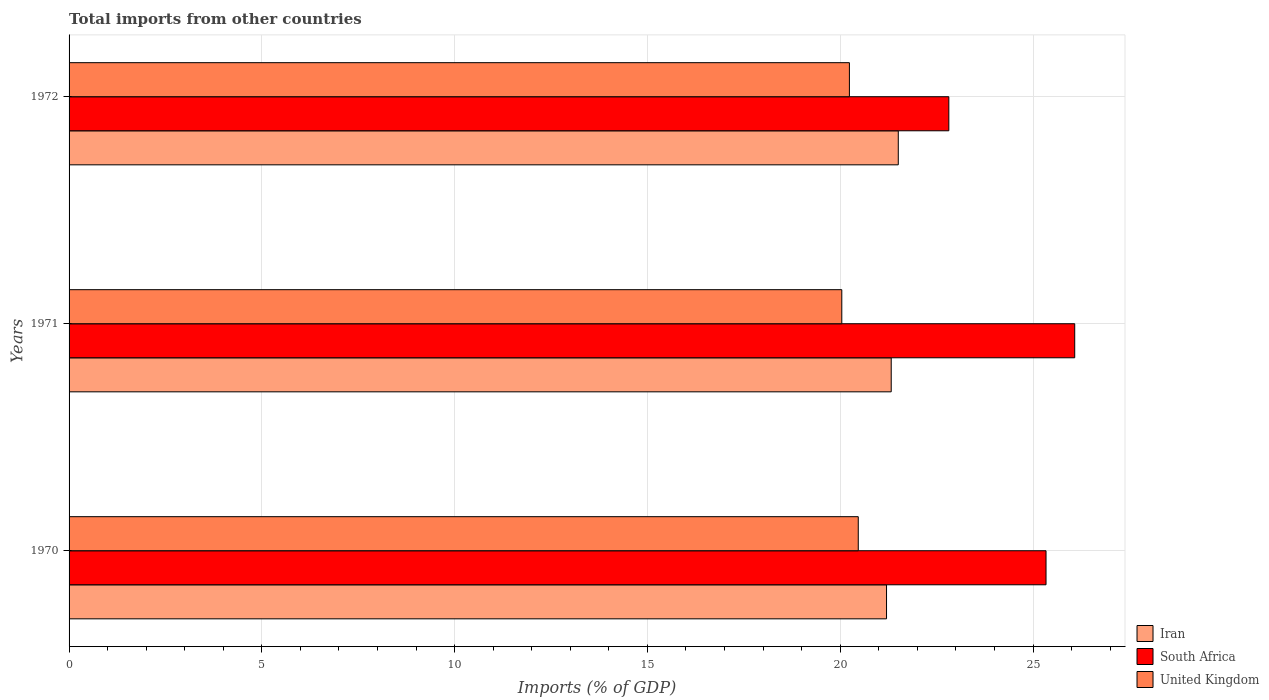
| Years | Iran | South Africa | United Kingdom |
 | --- | --- | --- | --- |
 | 1970 | 21.2 | 25.3 | 20.5 |
 | 1971 | 21.3 | 26.1 | 20 |
 | 1972 | 21.5 | 22.8 | 20.2 |